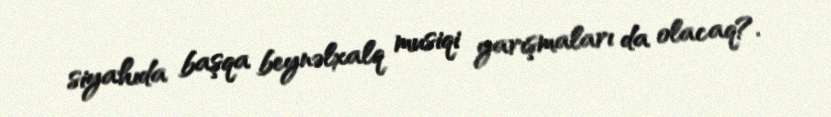
siyahıda başqa beynəlxalq musiqi yarışmaları da olacaq?.